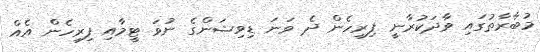
މުބާރާތުގައި ވާދަކުރާނީ ފިރިހެން ދެ ވަނަ ޑިވިޝަންގެ ނުވަ ޓީމާއި ފިރިހެން އެއް